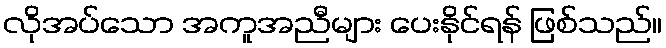
လိုအပ်သော အကူအညီများ ပေးနိုင်ရန် ဖြစ်သည်။